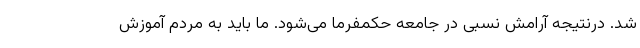
شد. درنتیجه آرامش نسبی در جامعه حکمفرما می‌شود. ما باید به مردم آموزش